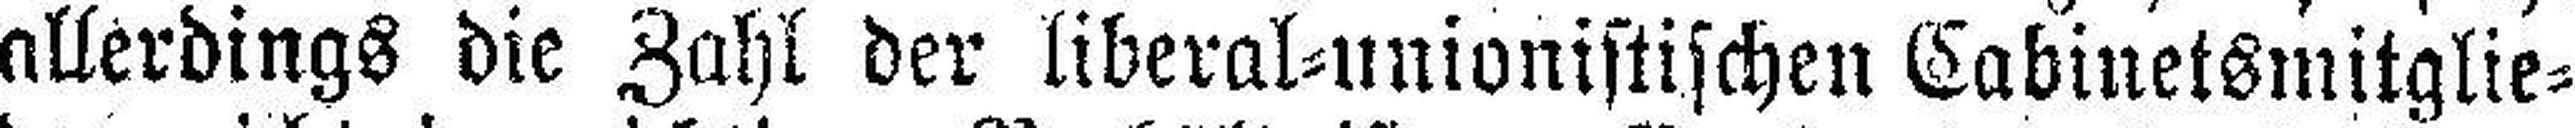
allerdings die Zahl der liberal=unionistischen Cabinetsmitglie¬